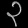
Digit: ၃